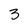
Character: 3